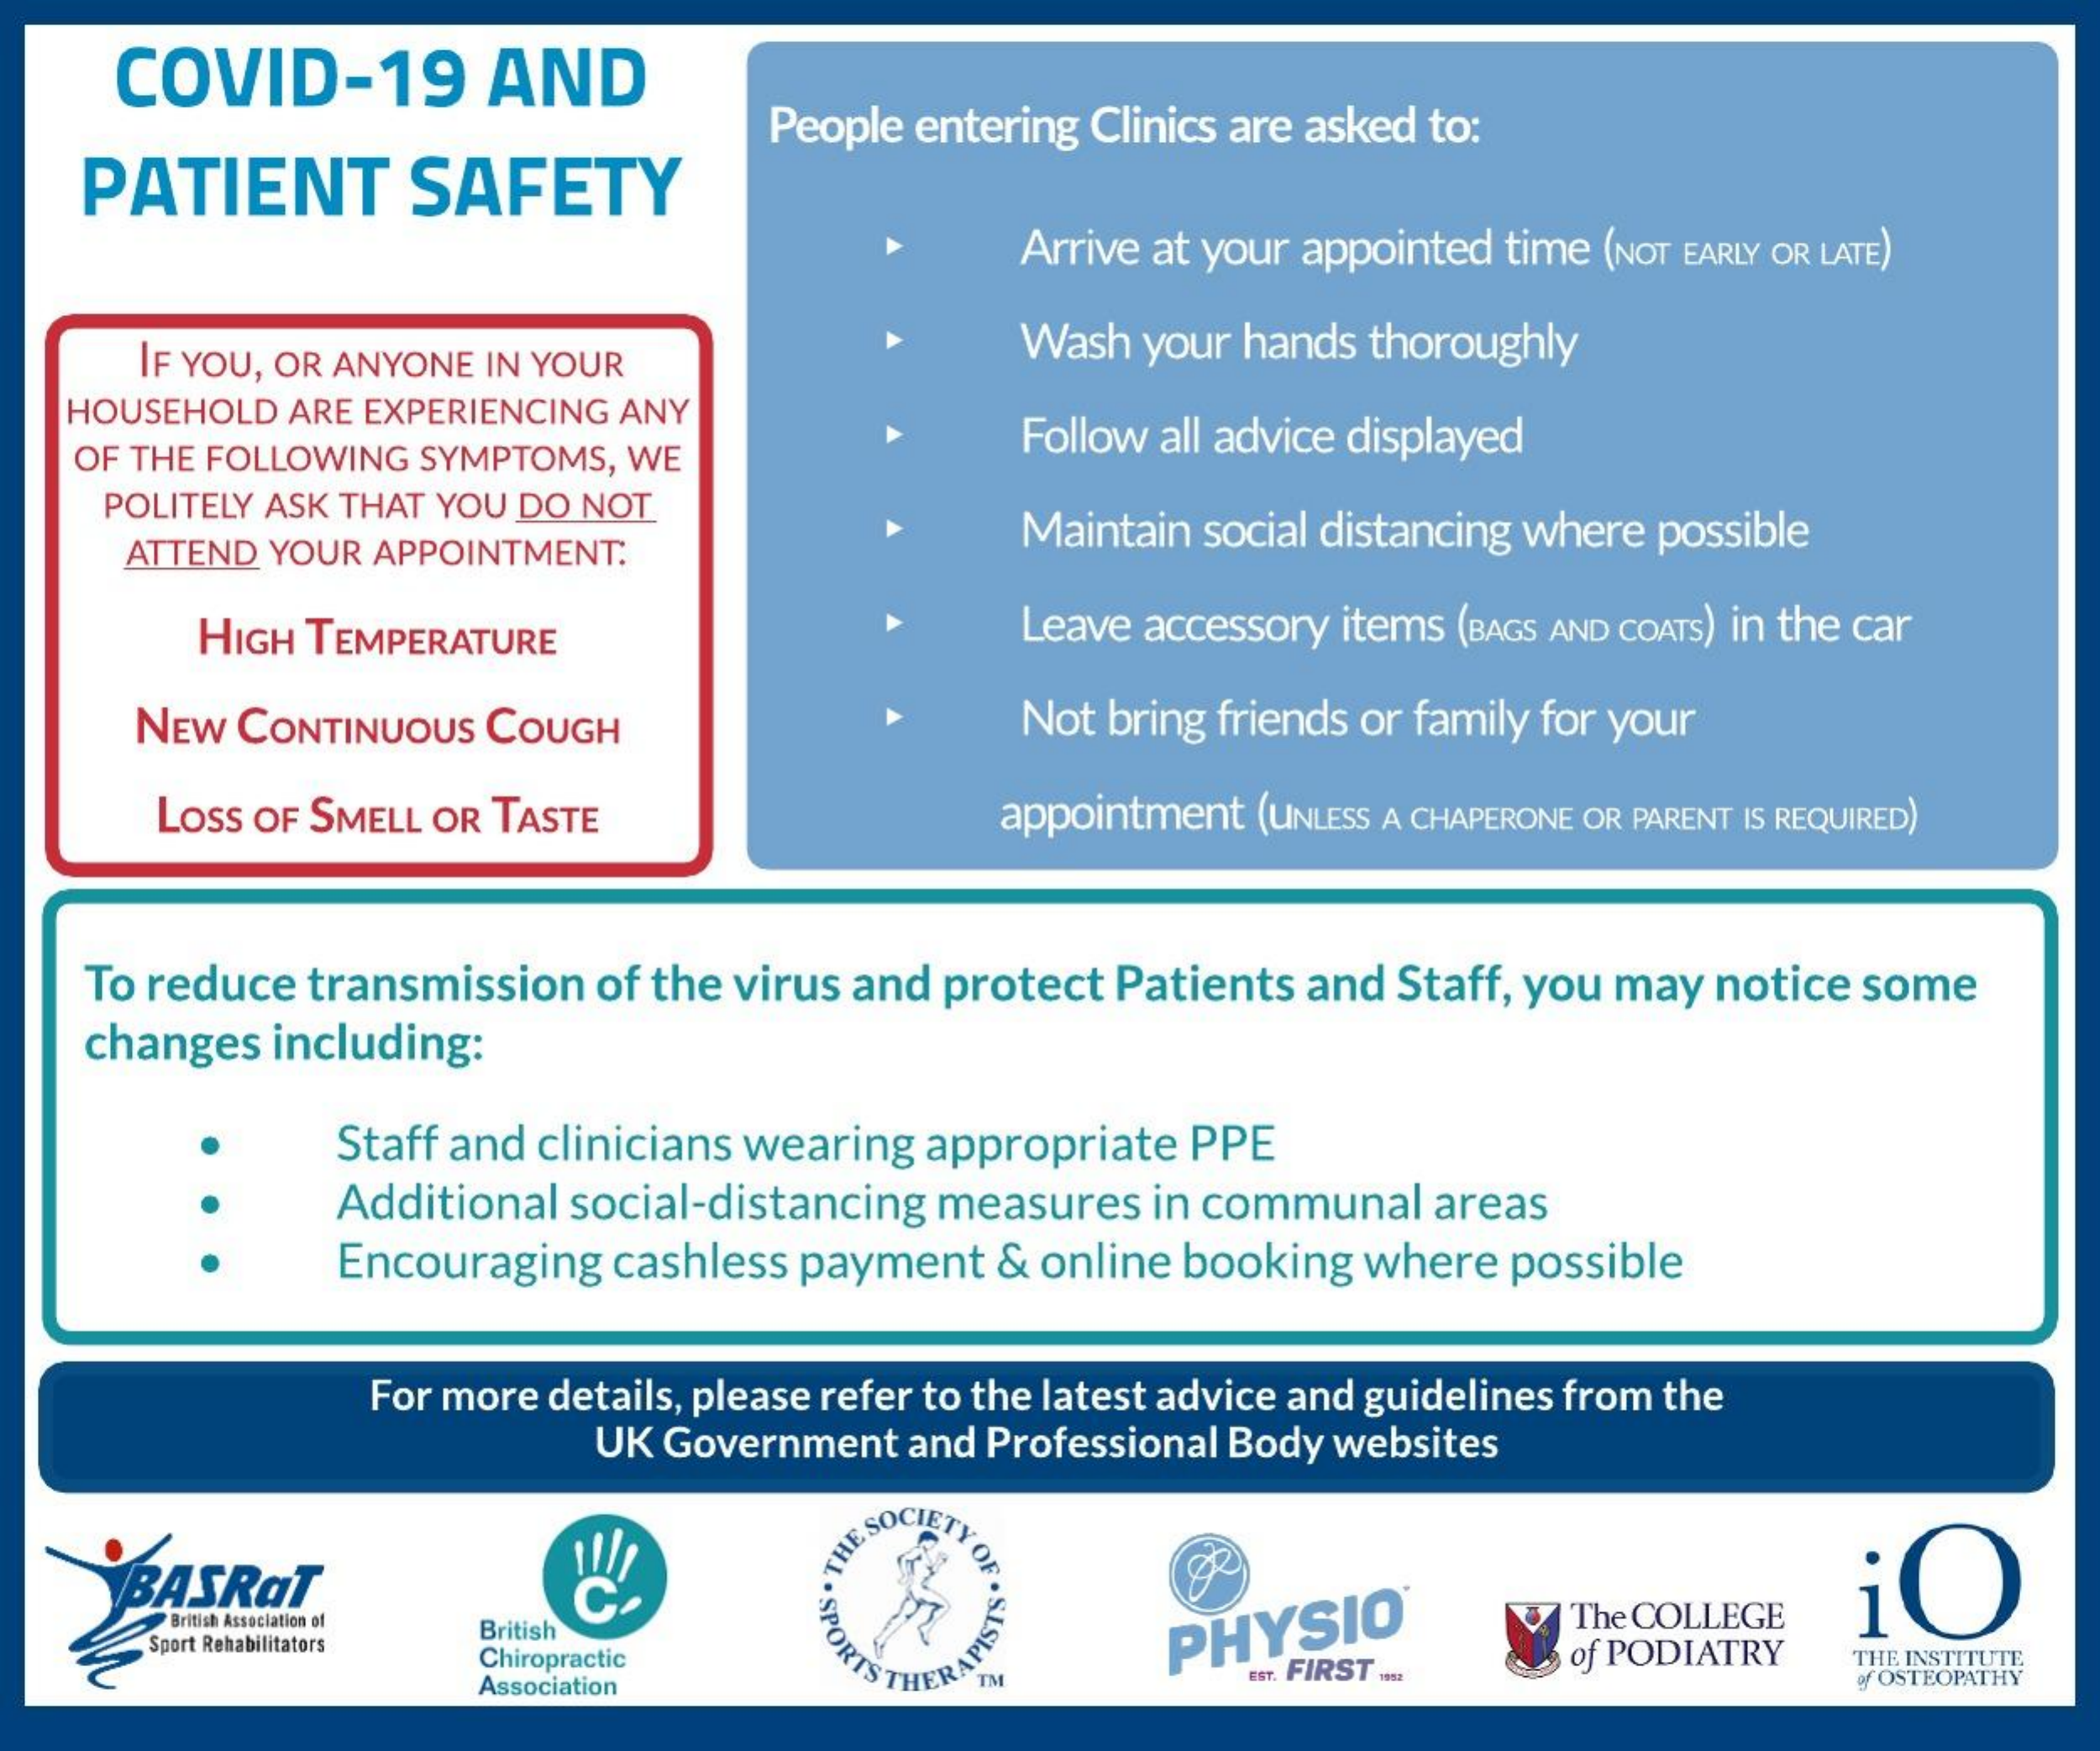
COVID-19    AND
   PATIENT    SAFETY
     People entering Clinics are asked to:
     Arrive at your appointed time (NOT EARLY OR LATE)
     IF YOU, OR ANYONE IN YOUR
     Wash your hands thoroughly
   HOUSEHOLD ARE EXPERIENCING ANY
   OF THE FOLLOWING SYMPTOMS, WE
     Follow all advice displayed
    POLITELY ASK THAT YOU DO NOT
     ATTEND YOUR APPOINTMENT.
     Maintain social distancing where possible
     HIGH TEMPERATURE    Leave accessory items (BAGS AND COATS) in the car
     NEW CONTINUOUS COUGH    Not bring friends or family for your
     LOSS OF SMELL OR TASTE    appointment (UNLESS A CHAPERONE OR PARENT IS REQUIRED)
    To reduce transmission of the virus and protect Patients and Staff, you may notice some
    changes including:
     Staff and clinicians wearing appropriate PPE
     Additional social-distancing measures in communal areas
     Encouraging cashless payment & online booking where possible
     For more details, please refer to the latest advice and guidelines from the
     UK Government and Professional Body websites
     BASRaT
     E SOCIETY OF THES
     OPORTS THERAPIST
     iO
     British Association of
     British
     Chiropractic
     PHYSIO
     The COLLEGE
     Sport Rehabilitators
     EST. FIRST ..... of PODIATRY THE INSTITUTE
     Association    of OSTEOPATHY